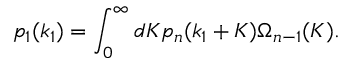
p _ { 1 } ( k _ { 1 } ) = \int _ { 0 } ^ { \infty } d K p _ { n } ( k _ { 1 } + K ) \Omega _ { n - 1 } ( K ) .